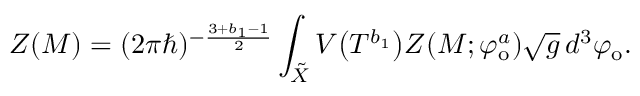
Z ( M ) = ( 2 \pi \hbar ) ^ { - \frac { 3 + b _ { 1 } - 1 } { 2 } } \int _ { \tilde { X } } V \big ( T ^ { b _ { 1 } } \big ) Z ( M ; \varphi _ { \mathrm { o } } ^ { a } ) \sqrt { g } \, d ^ { 3 } \varphi _ { \mathrm { o } } .